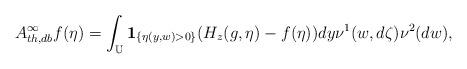
LaTeX: \begin{align*}A^{\infty}_{th,db}f(\eta )=\int_{{\Bbb U}}{\bf 1}_{\{\eta (y,w)>0\}}(H_z(g,\eta )-f(\eta ))dy\nu^1(w,d\zeta )\nu^2(dw),\end{align*}